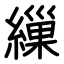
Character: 繅